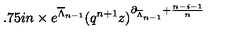
\hspace { 1 . 7 5 i n } \times e ^ { \overline { { \Lambda } } _ { n - 1 } } ( q ^ { n + 1 } z ) ^ { \partial _ { \overline { { \Lambda } } _ { n - 1 } } + \frac { n - i - 1 } { n } }